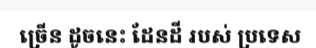
ច្រើន ដូចនេះ ដែនដី របស់ ប្រទេស